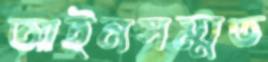
আইনসম্মত